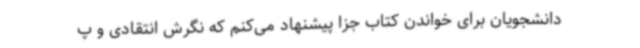
دانشجویان برای خواندن کتاب جزا پیشنهاد می‌کنم که نگرش انتقادی و پ